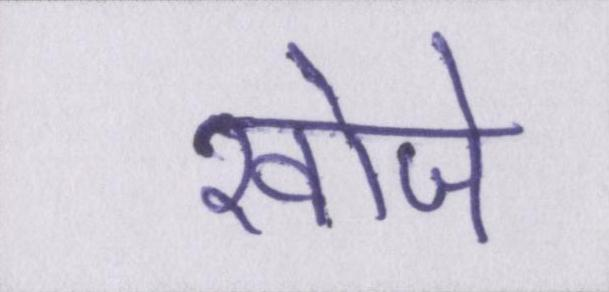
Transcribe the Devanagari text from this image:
खोजे